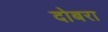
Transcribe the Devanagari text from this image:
दोबरा